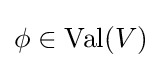
\phi \in \operatorname {Val} (V)